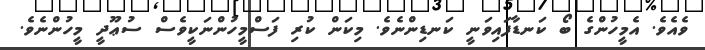
ވެއެވެ. އެމީހުންގެ ބޯ ކަނޑާފައިވަނީ ކަނޑިންނެވެ. މިކަން ކުރި ފަސްމީހުންނަކީވެސް ސުޢޫދީ މީހުންނެވެ.